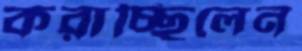
করাচ্ছিলেন